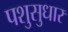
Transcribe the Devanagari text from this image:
पशुसुधार